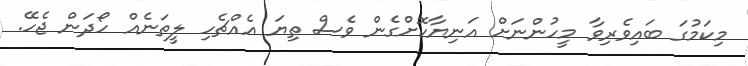
މިކަމުގަ ބައިވެރިވާ މީހުންނަށް އަނިޔާކޮށްގެން ވެސް ތިޔަ އެއްޗެހި ލީތަނެއް ހޯދަން ޖެހޭ.